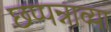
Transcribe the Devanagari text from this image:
छप्पन्नाव्या